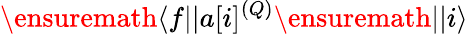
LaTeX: \ensuremath{\langle f||}a[i]^{(Q)}\ensuremath{||i\rangle}